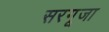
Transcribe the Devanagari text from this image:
सरगूजा